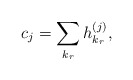
\begin{align*}c_j = \sum_{k_r} h^{(j)}_{k_r}, \end{align*}